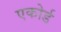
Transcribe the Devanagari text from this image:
एकोर्ड